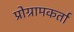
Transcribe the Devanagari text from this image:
प्रोग्रामकर्ता